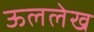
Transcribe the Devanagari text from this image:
ऊललेख